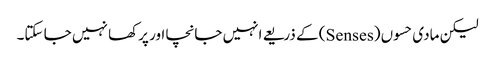
لیکن مادی حسوں (Senses) کے ذریعے انہیں جانچا اور پرکھا نہیں جا سکتا۔